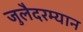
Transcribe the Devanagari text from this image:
जुलैदरम्यान